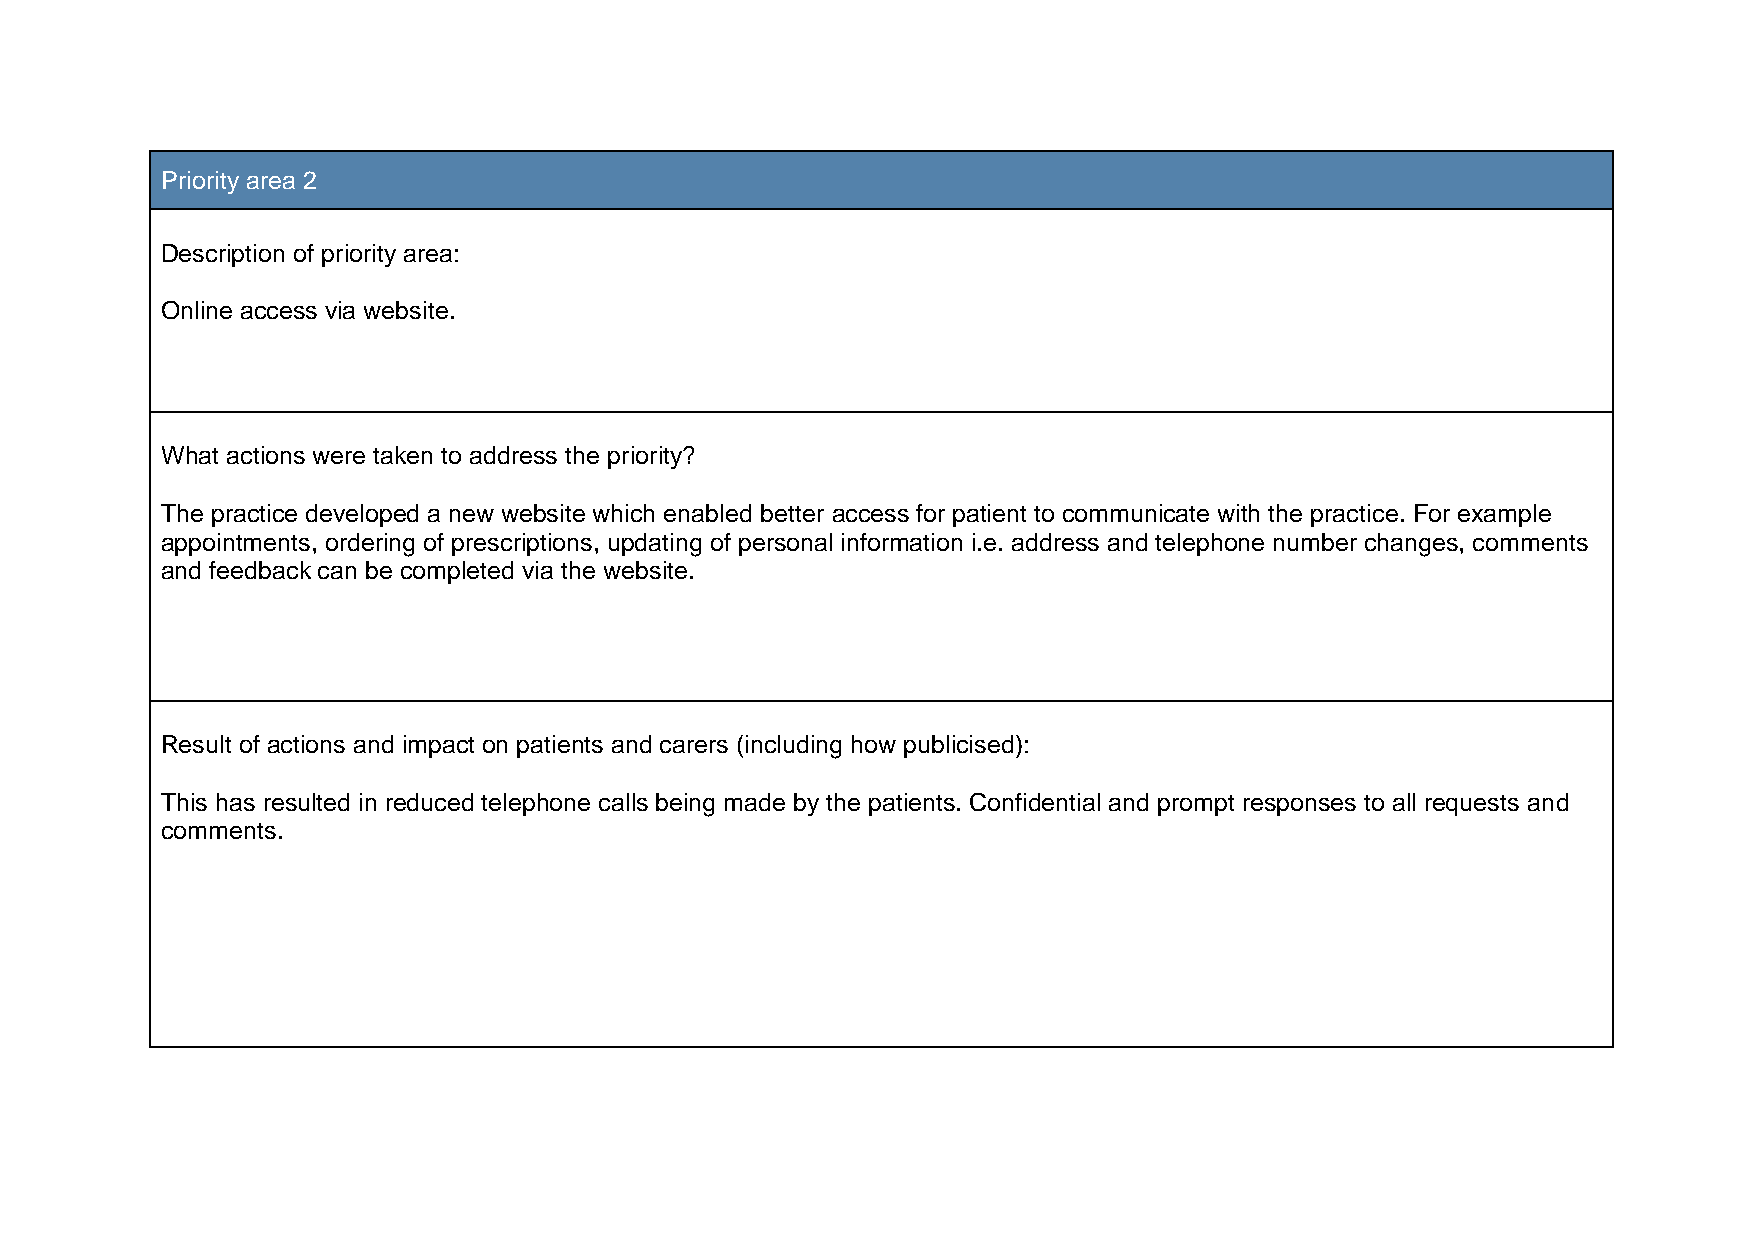
Priority area 2
 Description of priority area:
 Online access via website.
 What actions were taken to address the priority?
 The practice developed a new website which enabled better access for patient to communicate with the practice. For example
 appointments, ordering of prescriptions, updating of personal information i.e. address and telephone number changes, comments
 and feedback can be completed via the website.
 Result of actions and impact on patients and carers (including how publicised):
 This has resulted in reduced telephone calls being made by the patients. Confidential and prompt responses to all requests and
 comments.